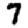
Digit: 7